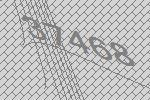
37468